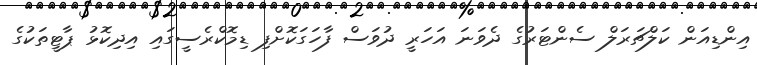
އިންޑިއަން ކަލްޗަރަލް ސެންޓަރުގެ ދެވަނަ އަހަރީ ދުވަސް ފާހަގަކޮށްފި ޑިމޮކްރެސީގައި އިދިކޮޅު ޕާޓީތަކުގެ